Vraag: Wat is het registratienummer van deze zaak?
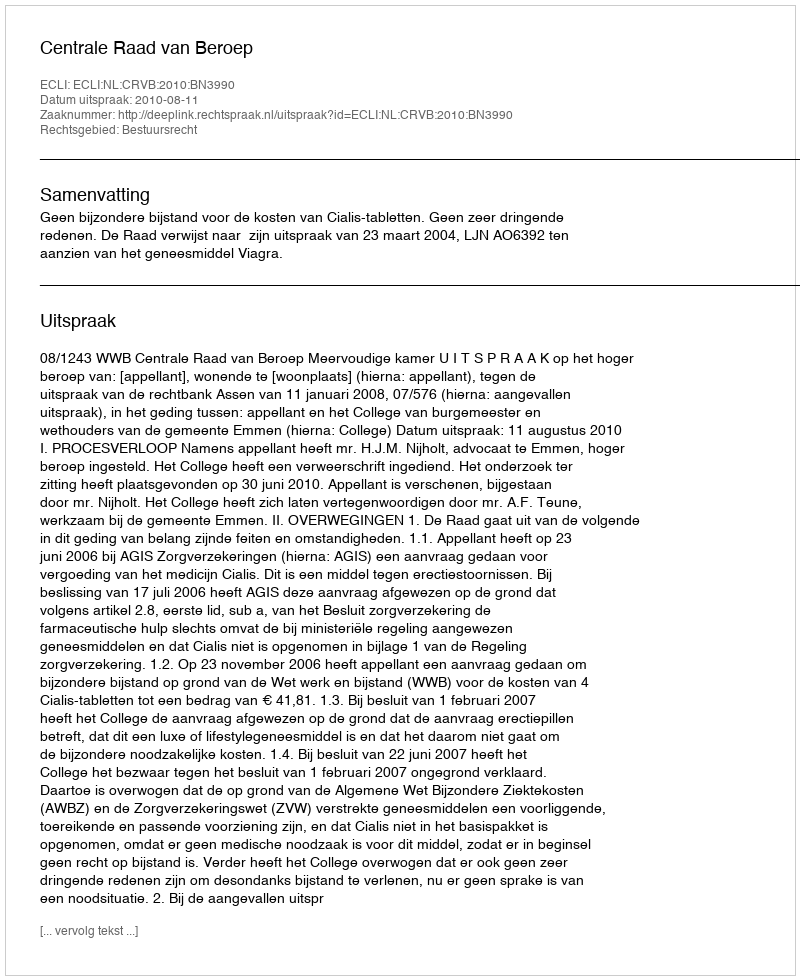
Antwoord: http://deeplink.rechtspraak.nl/uitspraak?id=ECLI:NL:CRVB:2010:BN3990